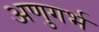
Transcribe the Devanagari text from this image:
अणुगर्भ